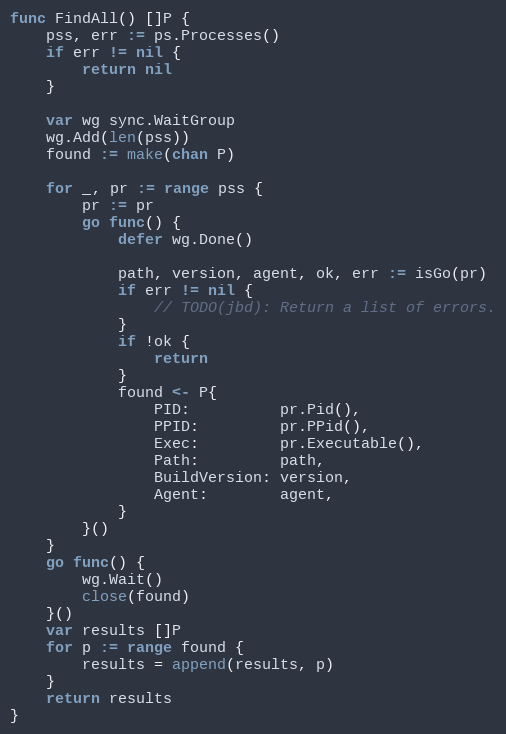
Language: Go
func FindAll() []P {
	pss, err := ps.Processes()
	if err != nil {
		return nil
	}

	var wg sync.WaitGroup
	wg.Add(len(pss))
	found := make(chan P)

	for _, pr := range pss {
		pr := pr
		go func() {
			defer wg.Done()

			path, version, agent, ok, err := isGo(pr)
			if err != nil {
				// TODO(jbd): Return a list of errors.
			}
			if !ok {
				return
			}
			found <- P{
				PID:          pr.Pid(),
				PPID:         pr.PPid(),
				Exec:         pr.Executable(),
				Path:         path,
				BuildVersion: version,
				Agent:        agent,
			}
		}()
	}
	go func() {
		wg.Wait()
		close(found)
	}()
	var results []P
	for p := range found {
		results = append(results, p)
	}
	return results
}